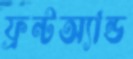
ফ্রন্টঅ্যান্ড